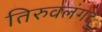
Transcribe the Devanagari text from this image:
तिरुवलंगदु